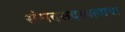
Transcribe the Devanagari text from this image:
संसदसदस्यत्वाचा